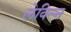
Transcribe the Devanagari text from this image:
लेविल्न